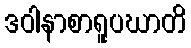
ဒဝါနာစာရူပဃာတိ